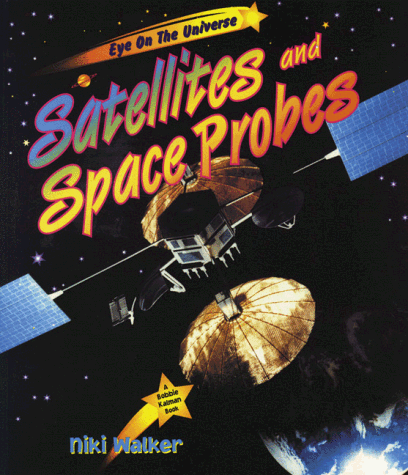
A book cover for Satellites and Space Probes (Eye on the Universe); Niki Walker; Children's Books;